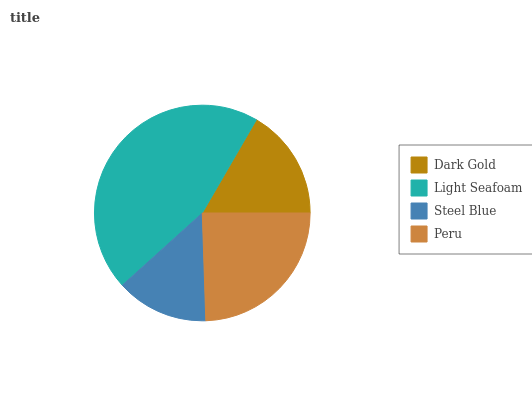
| Dark Gold | Light Seafoam | Steel Blue | Peru |
 | --- | --- | --- | --- |
 | 16.6% | 45.1% | 13.8% | 24.5% |